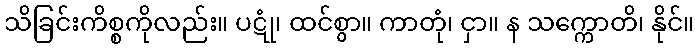
သိခြင်းကိစ္စကိုလည်း။ ပဋုံ၊ ထင်စွာ။ ကာတုံ၊ ငှာ။ န သက္ကောတိ၊ နိုင်။